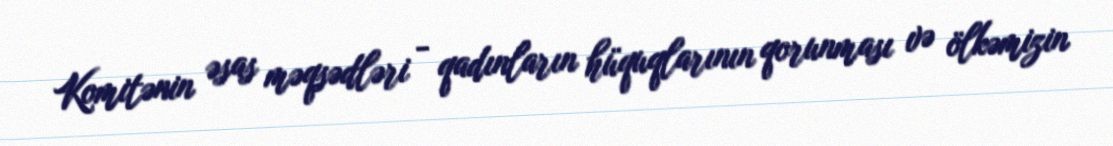
Komitənin əsas məqsədləri - qadınların hüquqlarının qorunması və ölkəmizin